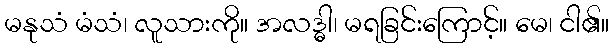
မနုသံ မံသံ၊ လူသားကို။ အလဒ္ဓါ၊ မရခြင်းကြောင့်။ မေ၊ ငါ၏။